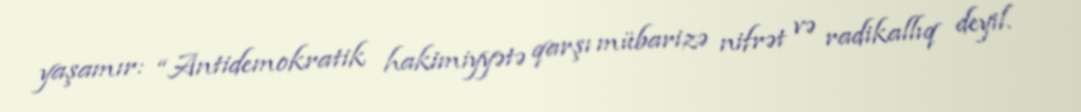
yaşamır: “Antidemokratik hakimiyyətə qarşı mübarizə nifrət və radikallıq deyil.